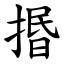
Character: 㨉